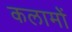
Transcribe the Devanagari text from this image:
कलामों